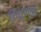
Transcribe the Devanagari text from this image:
शिशुवर्गात